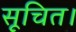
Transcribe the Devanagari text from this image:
सूचित।